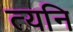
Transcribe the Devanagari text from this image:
त्यनि